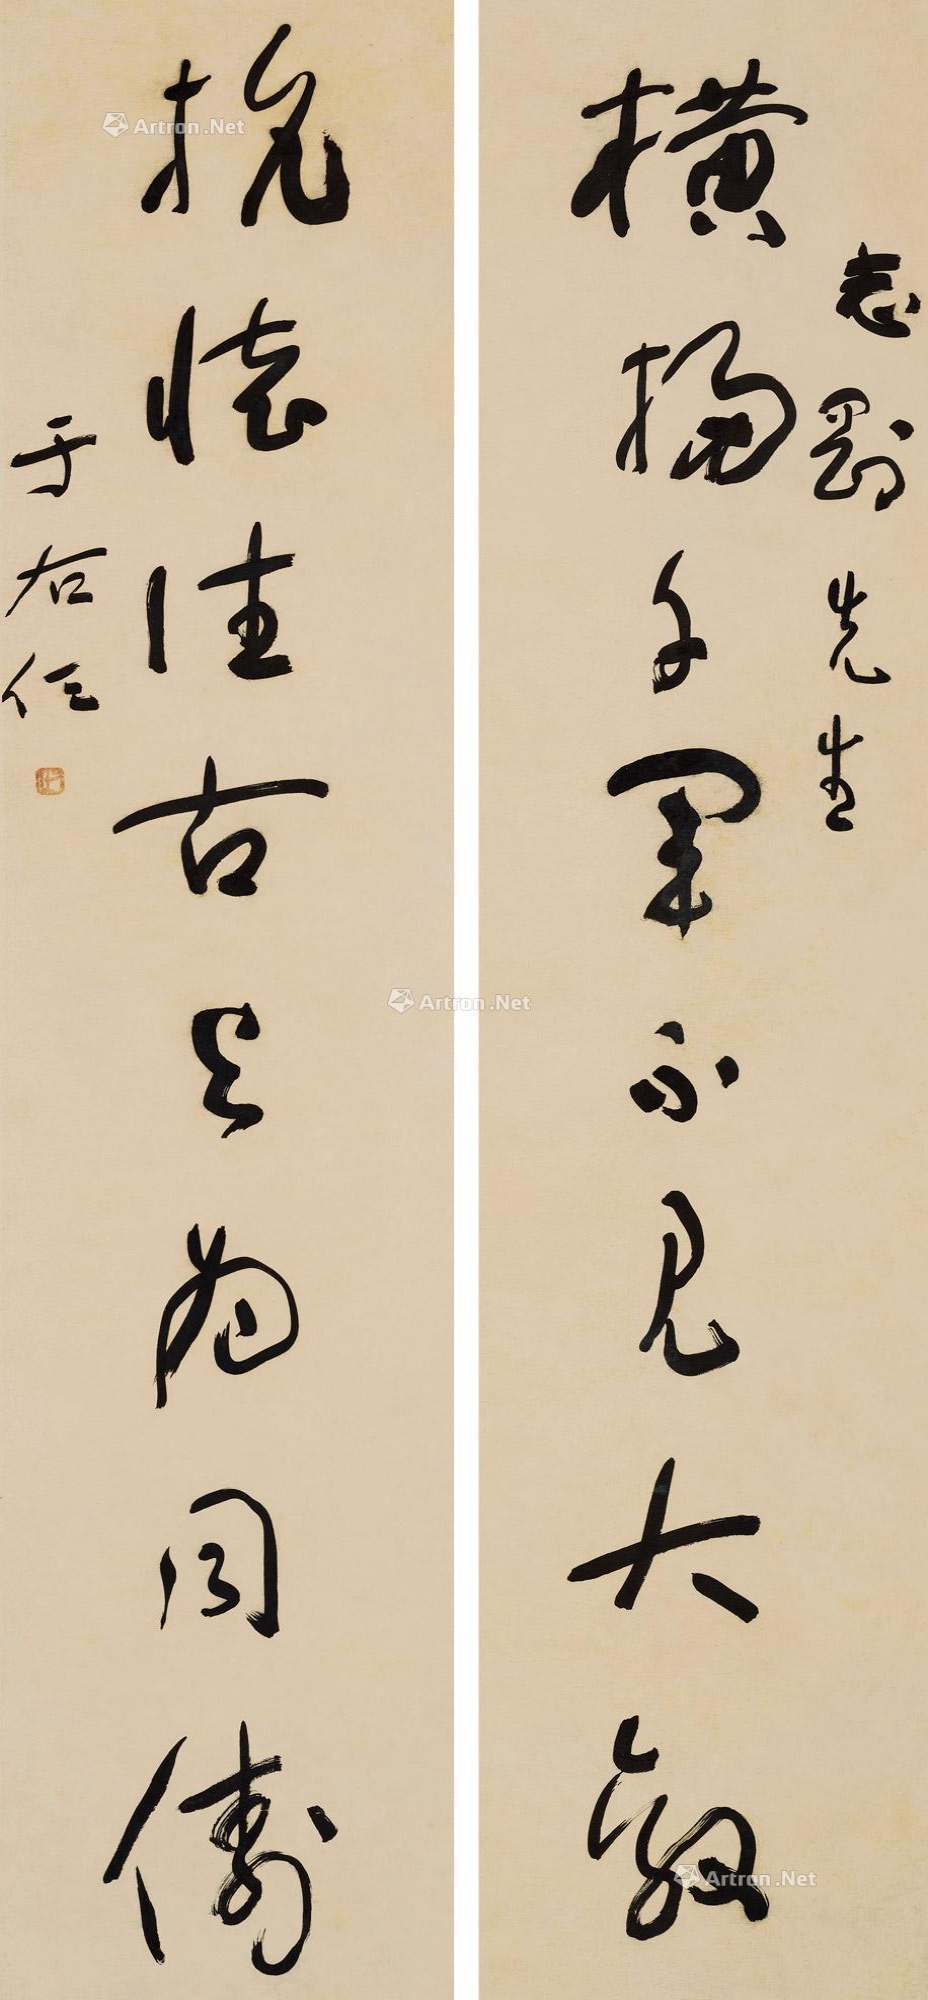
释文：横扫千军不见大敌，抗怀往古与为同俦。志刚先生，于右任。